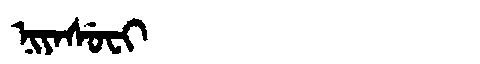
Manchu: ᠨᡳᠶᠠᠰᡠᠸᡳ
Romanization: NIYASUFI